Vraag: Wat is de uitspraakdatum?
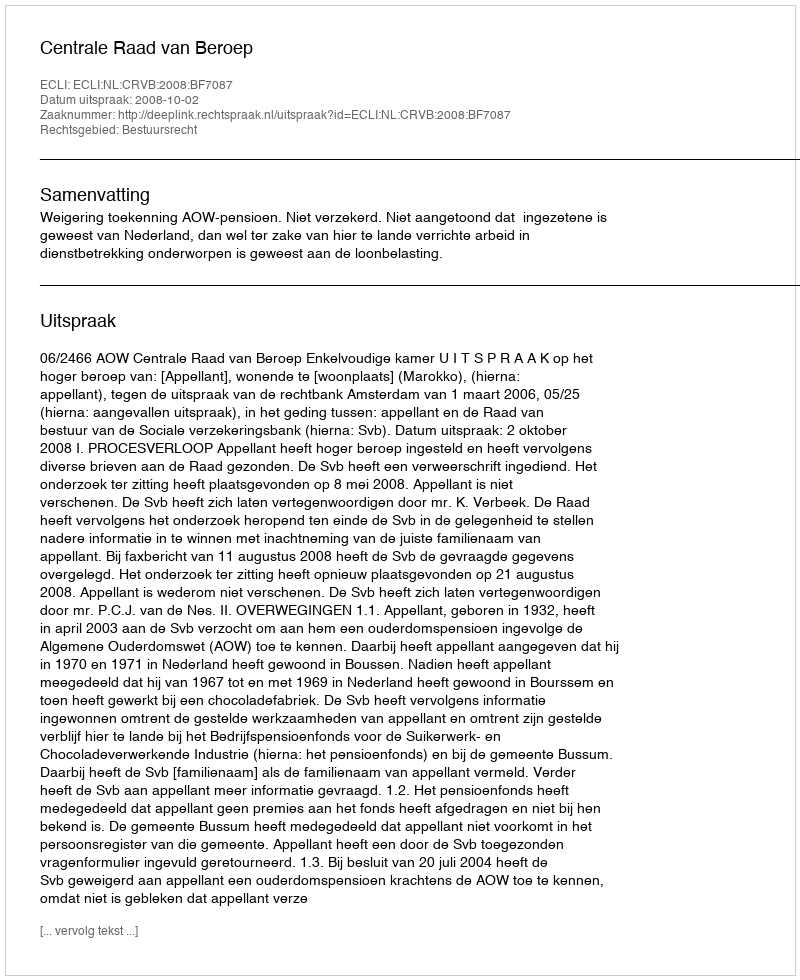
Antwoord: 2008-10-02